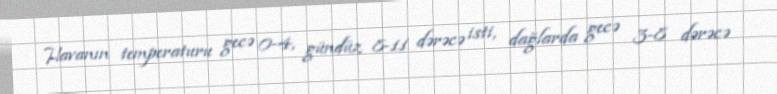
Havanın temperaturu gecə 0-4, gündüz 8-11 dərəcə isti, dağlarda gecə 3-8 dərəcə